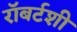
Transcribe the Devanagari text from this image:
रॉबर्टशी